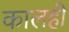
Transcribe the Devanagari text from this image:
कालही